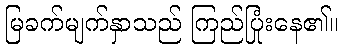
မြခက်မျက်နှာသည် ကြည်ပြုံးနေ၏။